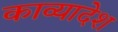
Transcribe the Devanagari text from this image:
काव्यादेश